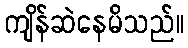
ကျိန်ဆဲနေမိသည်။